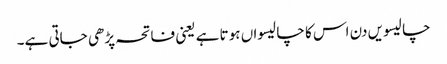
چالیسویں دن اس کا چالیسواں ہوتا ہے یعنی فاتحہ پڑھی جاتی ہے۔